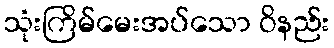
သုံးကြိမ်မေးအပ်သော ဝိနည်း